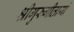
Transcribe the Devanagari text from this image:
श्रीगुरुगीतायां